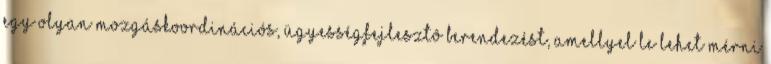
egy olyan mozgáskoordinációs, ügyességfejlesztô berendezést, amellyel le lehet mérni